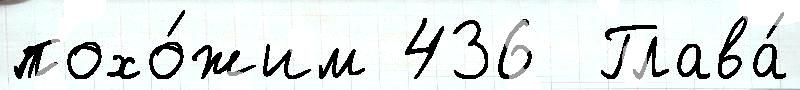
похо́жим 436  Глава́